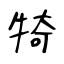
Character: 犄